画像に写った文字を読んでください
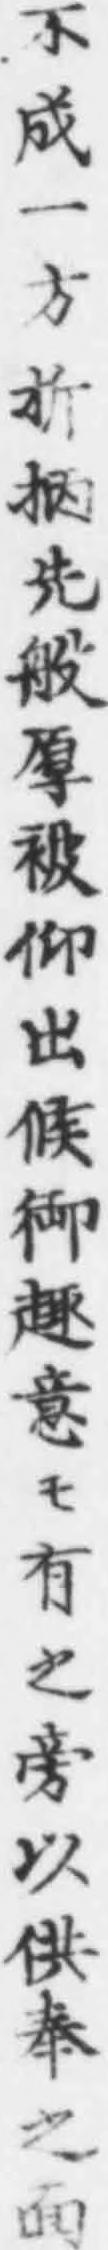
「不成一方折抦先般厚被仰出候御趣意モ有之旁以供奉之面」と書いてあります